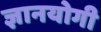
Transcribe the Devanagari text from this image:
ज्ञानयोगी